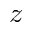
z